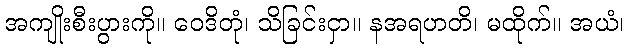
အကျိုးစီးပွားကို။ ဝေဒိတုံ၊ သိခြင်းငှာ။ နအရဟတိ၊ မထိုက်။ အယံ၊